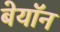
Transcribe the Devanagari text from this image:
बेयॉन